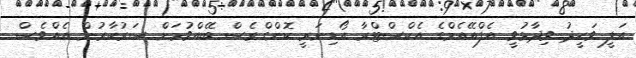
އަލީ ވަހީދު ވިދާޅުވީ އެފްއޭއެމްގެ އެކްސްޓްރާ އޯޑިނަރީ ކޮންގްރެސް ބޭއްވުމަށް ސަރުކާރުން އެއްވެސް